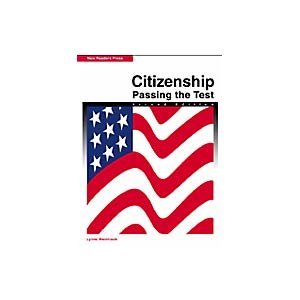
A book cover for Citizenship: Passing the Test; Lynne Weintraub; Test Preparation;